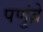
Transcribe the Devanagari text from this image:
पणुंब्रे